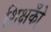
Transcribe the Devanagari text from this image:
शिक्षकोँ